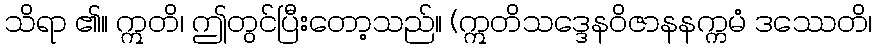
သိရာ ၏။ ဣတိ၊ ဤတွင်ပြီးတော့သည်။ (ဣတိသဒ္ဒေနဝိဇာနနက္ကမံ ဒဿေတိ၊